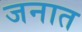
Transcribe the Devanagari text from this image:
जनात